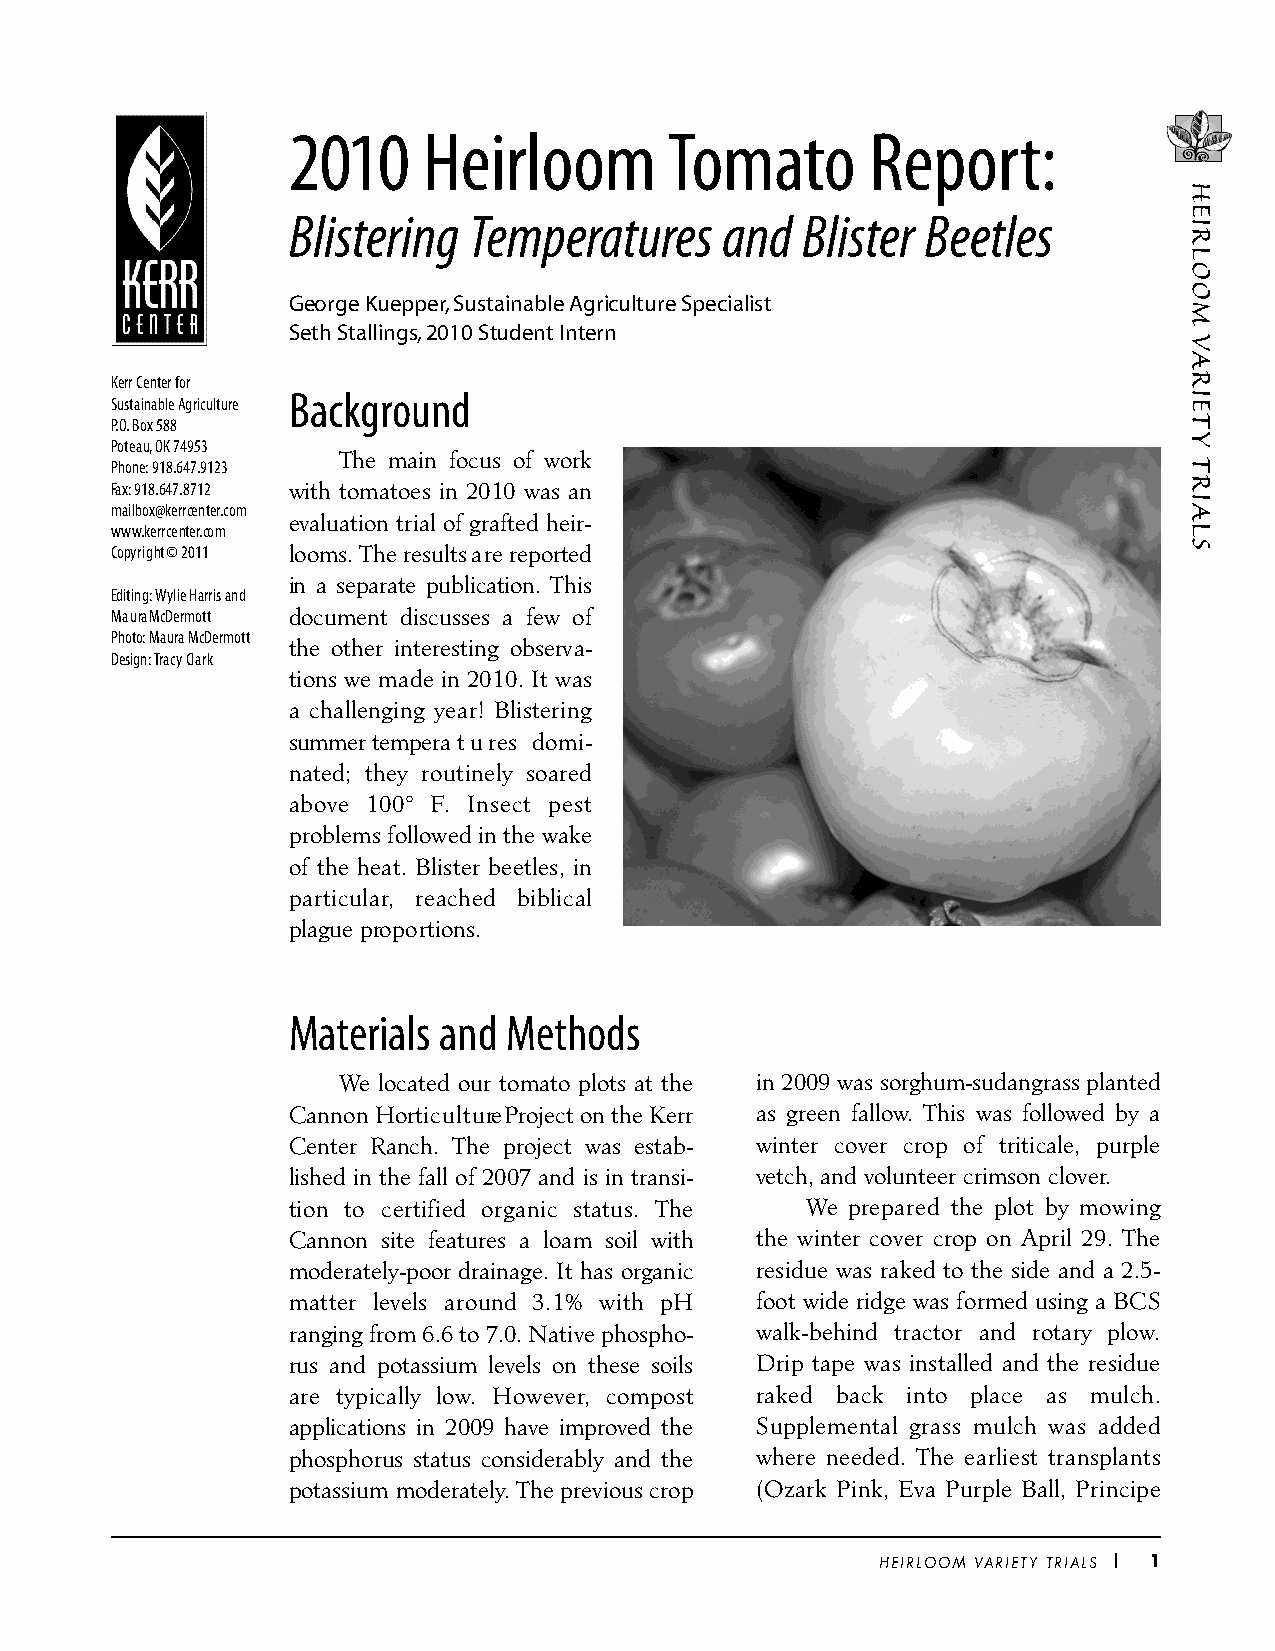
201   0  Heirloom        To  m  ato    Report     :
 Blistering  Temperatures     and  Blister Beetles
 George Kuepper,Sustainable Agriculture Specialist
 Seth Stallings,2010 Student Intern
 Kerr Ce nter fo r
 Background
 Sustainable Ag r i cu l t u re
 P. O. Box 588
 Po te a u, OK 74953
 The main focus of work
 Phone: 918.647.9123
 Fax: 918.647.8712 with tomatoes in 2010 was an
 m a i l b ox @ ke r rce nte r. co m
 evaluation trial of grafted heir-
 www. ke r rce nte r. co m
 Co py r i g ht © 2011 looms. The results a re re p o rt e d
 in a separate publication. T h i s
 Editing: Wylie Harris and
 M a u ra McDe r m o t t document discusses a few of
 P h o to: Maura McDe r m o t t
 the other interesting observ a-
 Design: Tra cy Cl a r k
 tions we made in 2010. It was
 a challenging year! Blistering
 summer tempera t u res domi-
 nated; they routinely soare d
 above 100° F. Insect pest
 problems followed in the wake
 of the heat. Blister beetles, in
 p a rt i c u l a r, reached biblical
 plague pro p o rtions.
 Materials and  Methods
 We located our tomato plots at the in 2009 was sorghum-sudangrass planted
 Cannon Hort i c u l t u re Project on the Kerr as green fallow. This was followed by a
 Center Ranch. The project was estab- winter cover crop of triticale, purple
 lished in the fall of 2007 and is in transi- vetch, and volunteer crimson clover.
 tion to certified organic status. The We prepared the plot by mowing
 Cannon site features a loam soil with the winter cover crop on April 29. The
 moderately-poor drainage. It has org a n i c residue was raked to the side and a 2.5-
 matter levels around 3.1% with pH foot wide ridge was formed using a BCS
 ranging from 6.6 to 7.0. Native phospho- walk-behind tractor and ro t a ry plow.
 rus and potassium levels on these soils Drip tape was installed and the residue
 a re typically low. However, compost raked back into place as mulch.
 applications in 2009 have improved the Supplemental grass mulch was added
 p h o s p h o rus status considerably and the where needed. The earliest transplants
 potassium moderately. The previous cro p (Ozark Pink, Eva Purple Ball, Principe
 H E I R LOOM VA R I E TY TRIALS 1